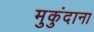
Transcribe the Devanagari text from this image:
मुकुंदाना